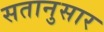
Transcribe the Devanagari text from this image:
सतानुसार